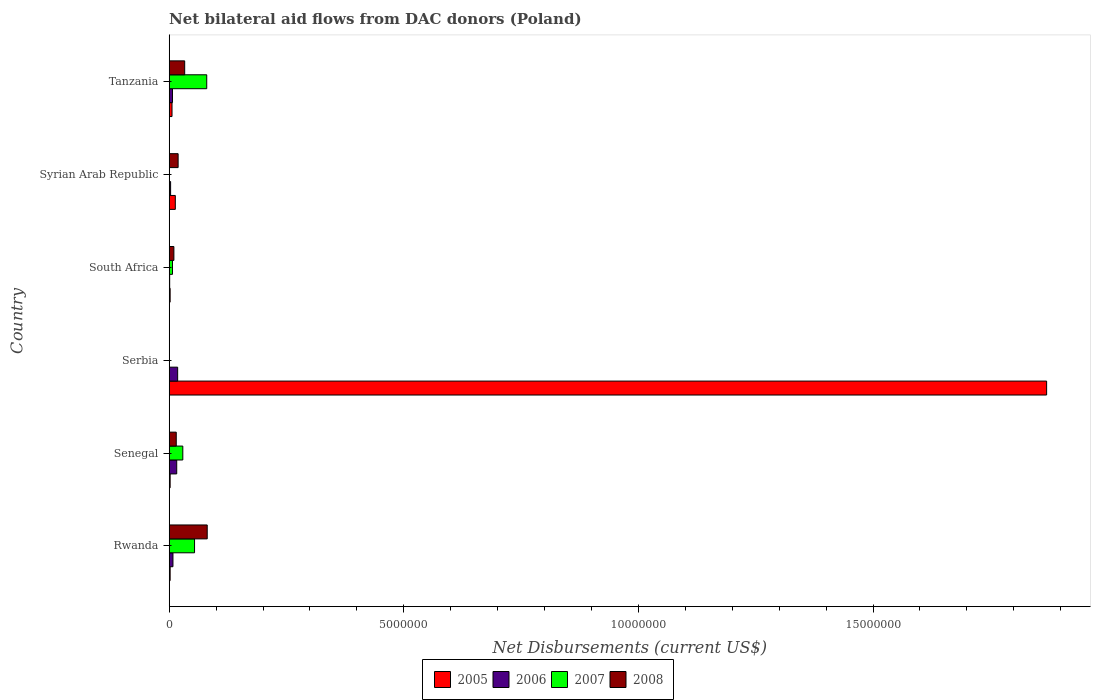
| Country | 2005 | 2006 | 2007 | 2008 |
 | --- | --- | --- | --- | --- |
 | Rwanda | 2e+04 | 8e+04 | 5.4e+05 | 8.1e+05 |
 | Senegal | 2e+04 | 1.6e+05 | 2.9e+05 | 1.5e+05 |
 | Serbia | 1.87e+07 | 1.8e+05 | -3.3e+06 | -2.6e+06 |
 | South Africa | 2e+04 | 1e+04 | 7e+04 | 1e+05 |
 | Syrian Arab Republic | 1.3e+05 | 3e+04 | -4.06e+06 | 1.9e+05 |
 | Tanzania | 6e+04 | 7e+04 | 8e+05 | 3.3e+05 |